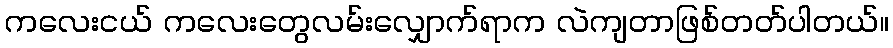
ကလေးငယ် ကလေးတွေလမ်းလျှောက်ရာက လဲကျတာဖြစ်တတ်ပါတယ်။